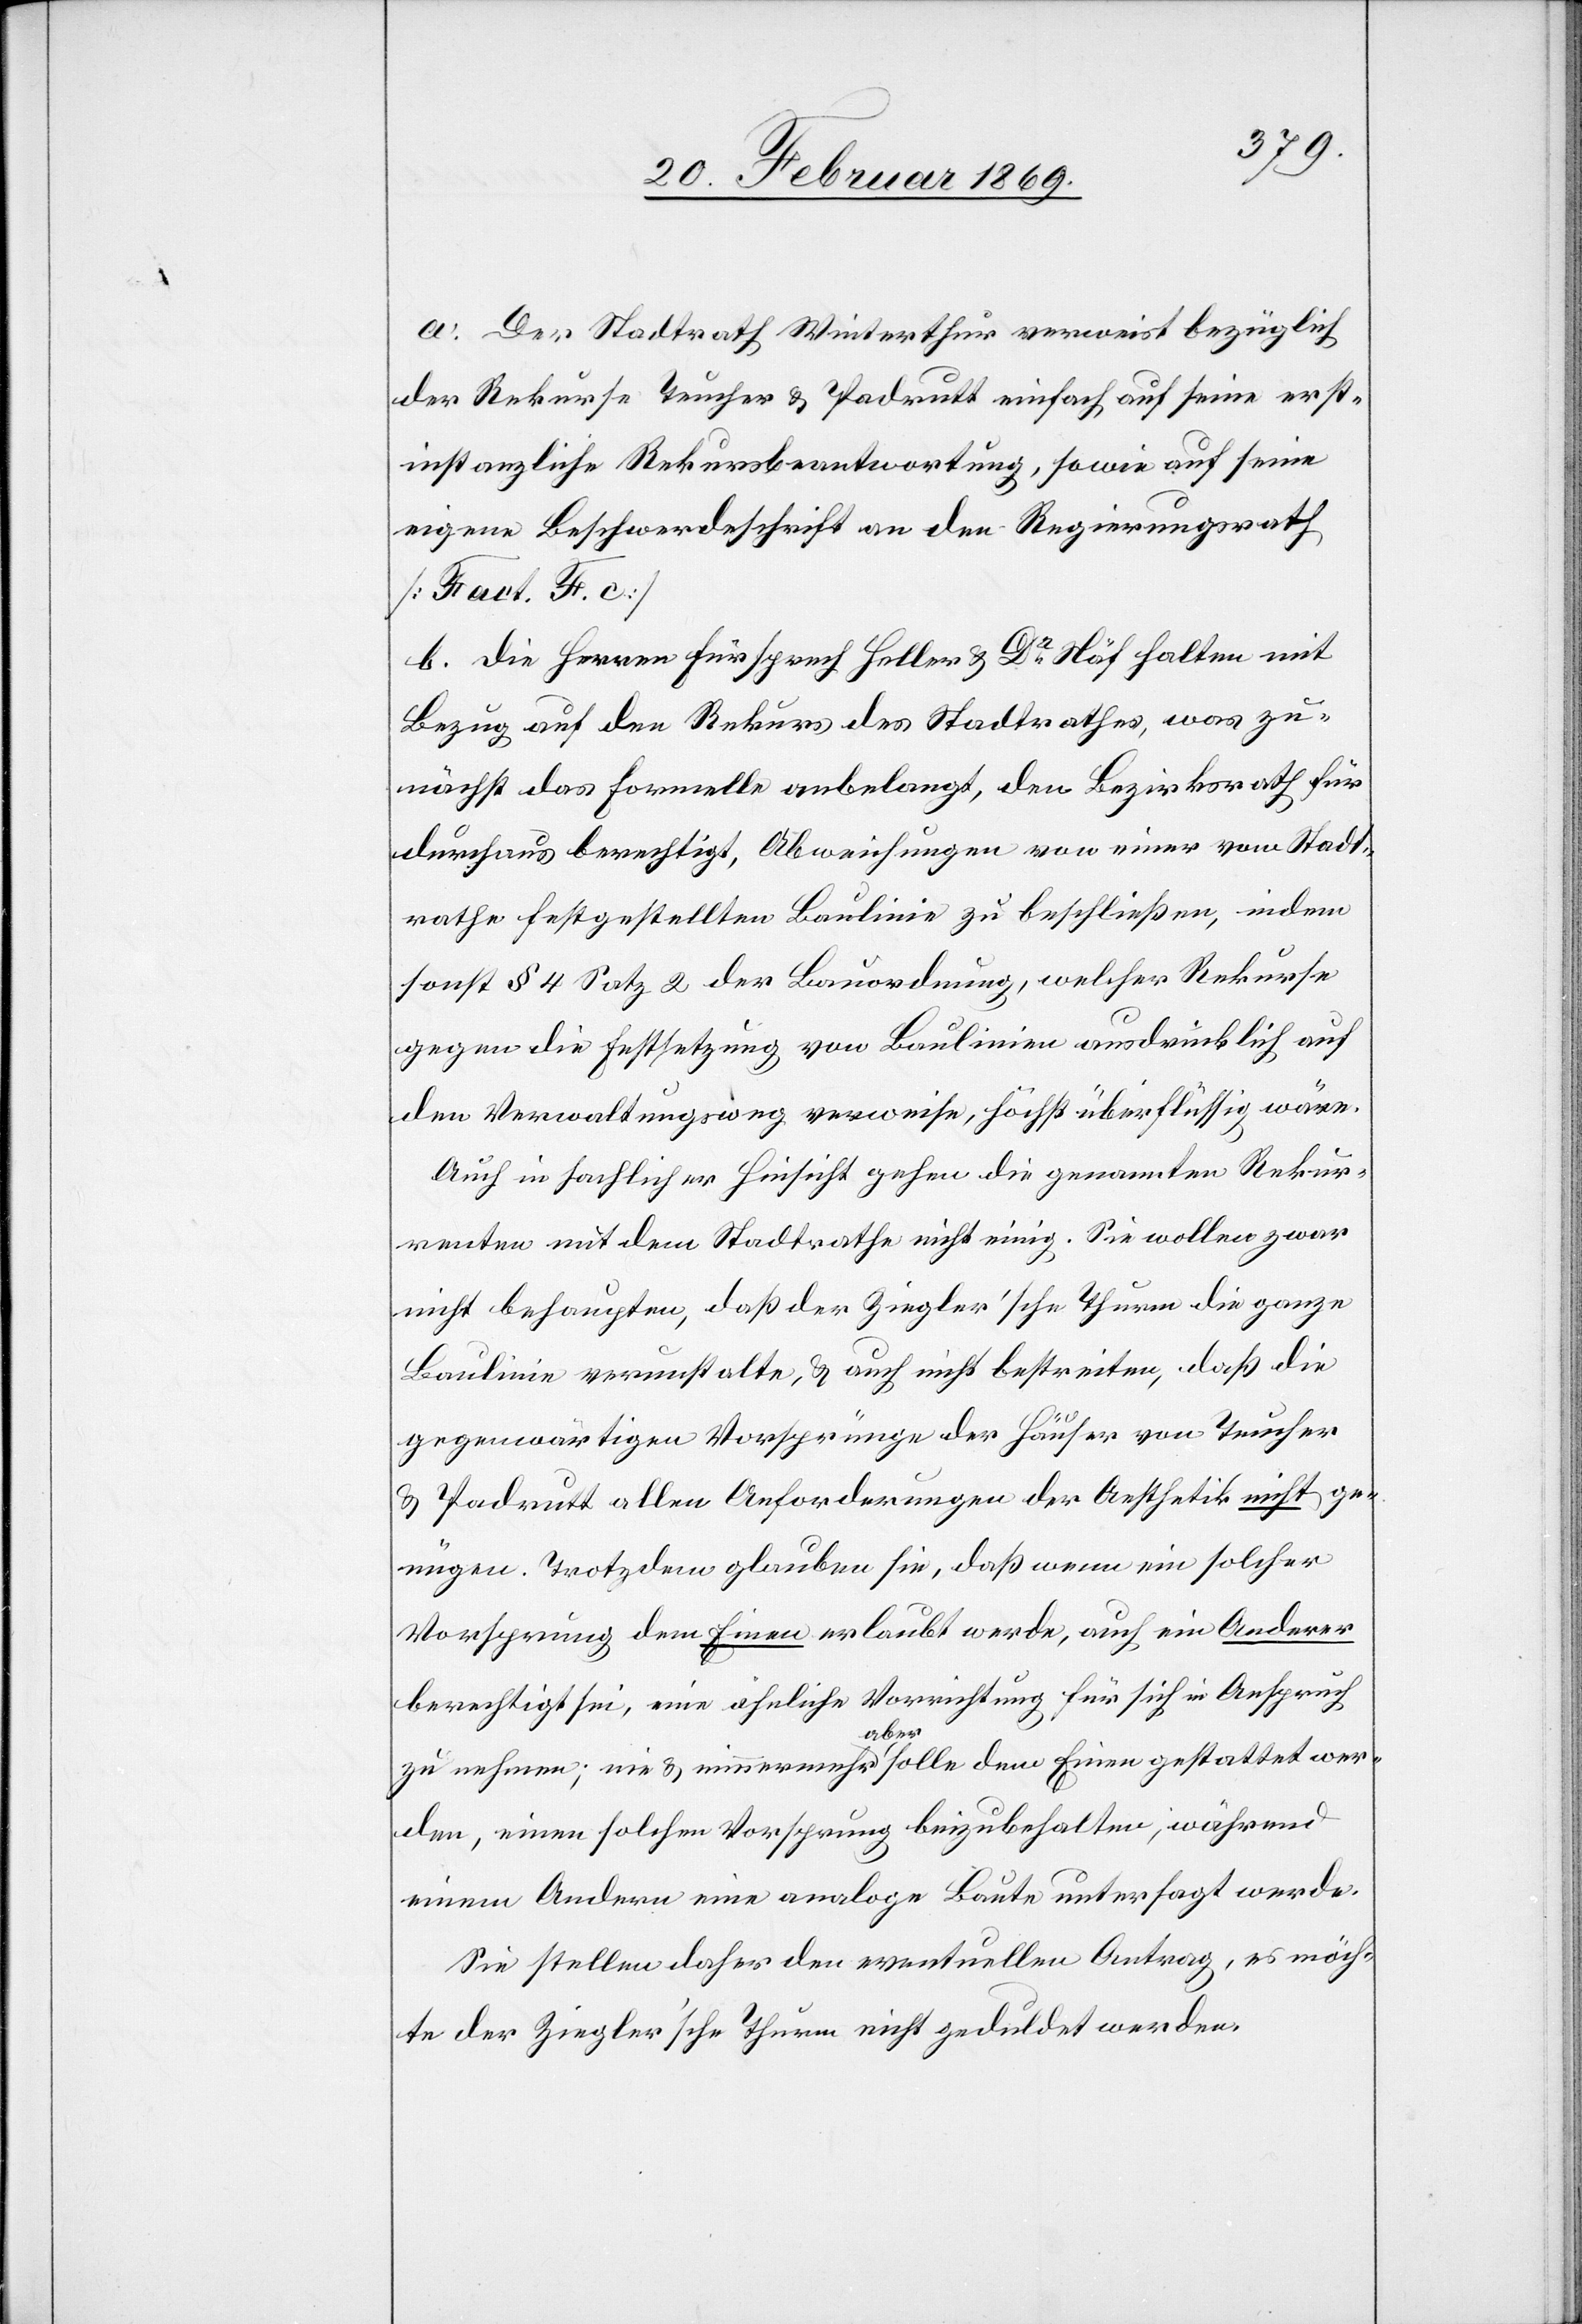
a. Der Stadtrath Winterthur verweist bezüglich
der Rekurse Teucher u. Padrutt einfach auf seine erst¬
instanzliche Rekursbeantwortung, sowie auf seine
eigene Beschwerdeschrift an den Regierungsrath.
[Fact. F. c]
b. Die Herren Fürsprech Heller u. Dr Näf halten mit
Bezug auf den Rekurs des Stadtrathes was zu¬
nächst das formelle anbelangt, den Bezirksrath für
durchaus berechtigt, Abweichungen von einer vom Stadt¬
rathe festgestellten Baulinie zu beschließen, indem
sonst § 4 Satz 2 der Bauordnung, welcher Rekurse
gegen die Festsetzung von Baulinien ausdrücklich auf
dem Verwaltungsweg verweise, höchst überflüssig wäre.
Auch in sachlicher Hinsicht gehen die genannten Rekur¬
renten mit dem Stadtrathe nicht einig. Sie wollen zwar
nicht behaupten, daß der Ziegler’sche Thurm die ganze
Baulinie verunstalte, & auch nicht bestreiten, daß die
gegenwärtigen Vorsprünge der Häuser von Teucher
u. Padrutt allen Anforderungen der Aesthetik nicht ge¬
nügen. Trotzdem glauben sie, daß wenn ein solcher
Vorsprung dem Einen erlaubt werde, auch ein Anderer
berechtigt sei, eine ähnliche Vorrichtung für sich in Anspruch
zu nehmen; nie & nimmermehr aber solle dem Einen gestattet wer¬
den, einen solchen Vorsprung beizubehalten, während
einem Andern eine analoge Baute untersagt werde.
Sie stellen daher den eventuellen Antrag, es möch¬
te der Ziegler’sche Thurm geduldet werden.